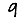
Digit: 9